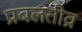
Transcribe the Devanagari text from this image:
प्रबलतीव्र